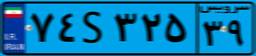
۰۱S۴۸۶۸۵